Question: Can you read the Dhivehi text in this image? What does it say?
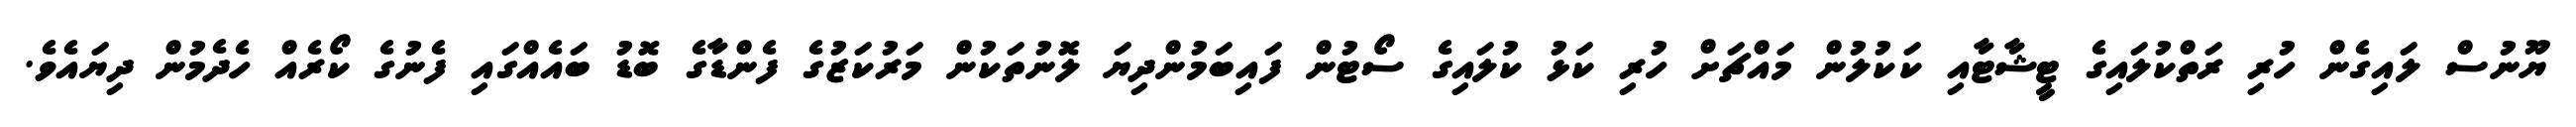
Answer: ޔޫނުސް ލައިގެން ހުރި ރަތްކުލައިގެ ޓީޝާޓާއި ކަކުލުން މައްޗަށް ހުރި ކަޅު ކުލައިގެ ސޯޓުން ފައިބަމުންދިޔަ ލޮނުތަކުން މަރުކަޒުގެ ފެންޑާގެ ބޮޑު ބައެއްގައި ފެނުގެ ކޯރެއް ހެދެމުން ދިޔައެވެ.